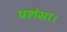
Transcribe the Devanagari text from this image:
प्रशंसा।